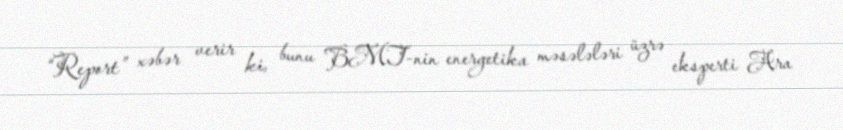
“Report” xəbər verir ki, bunu BMT-nin energetika məsələləri üzrə eksperti Ara